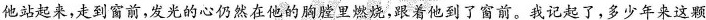
他站起来，走到窗前，发光的心任然在他的胸膛里燃烧，跟着他到了窗前。我记起了，多少年来这颗